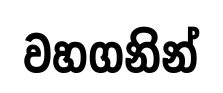
වහගනින්